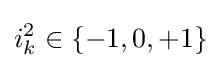
i_{k}^{2}\in \{-1,0,+1\}